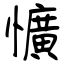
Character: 懭